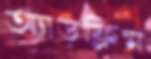
অ্যাডফ্লিম